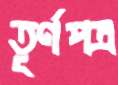
তূর্ণপত্র